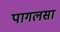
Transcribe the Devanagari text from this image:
पागलसा